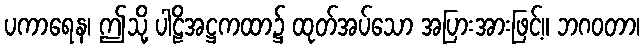
ပကာရေန၊ ဤသို့ ပါဠိအဋ္ဌကထာ၌ ထုတ်အပ်သော အပြားအားဖြင့်။ ဘဂဝတာ၊